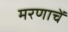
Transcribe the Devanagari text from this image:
मरणाचें